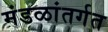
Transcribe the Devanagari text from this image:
मंडळांतर्गत